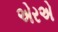
એરએ